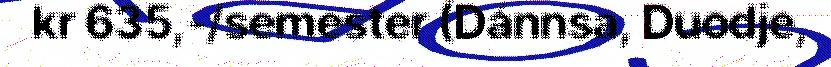
kr 635,-/semester (Dánnsa, Duodje,